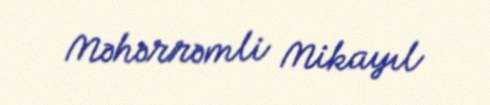
Məhərrəmli Mikayıl